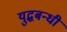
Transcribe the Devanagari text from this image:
युद्धबन्धी